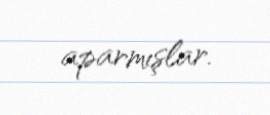
aparmışlar.